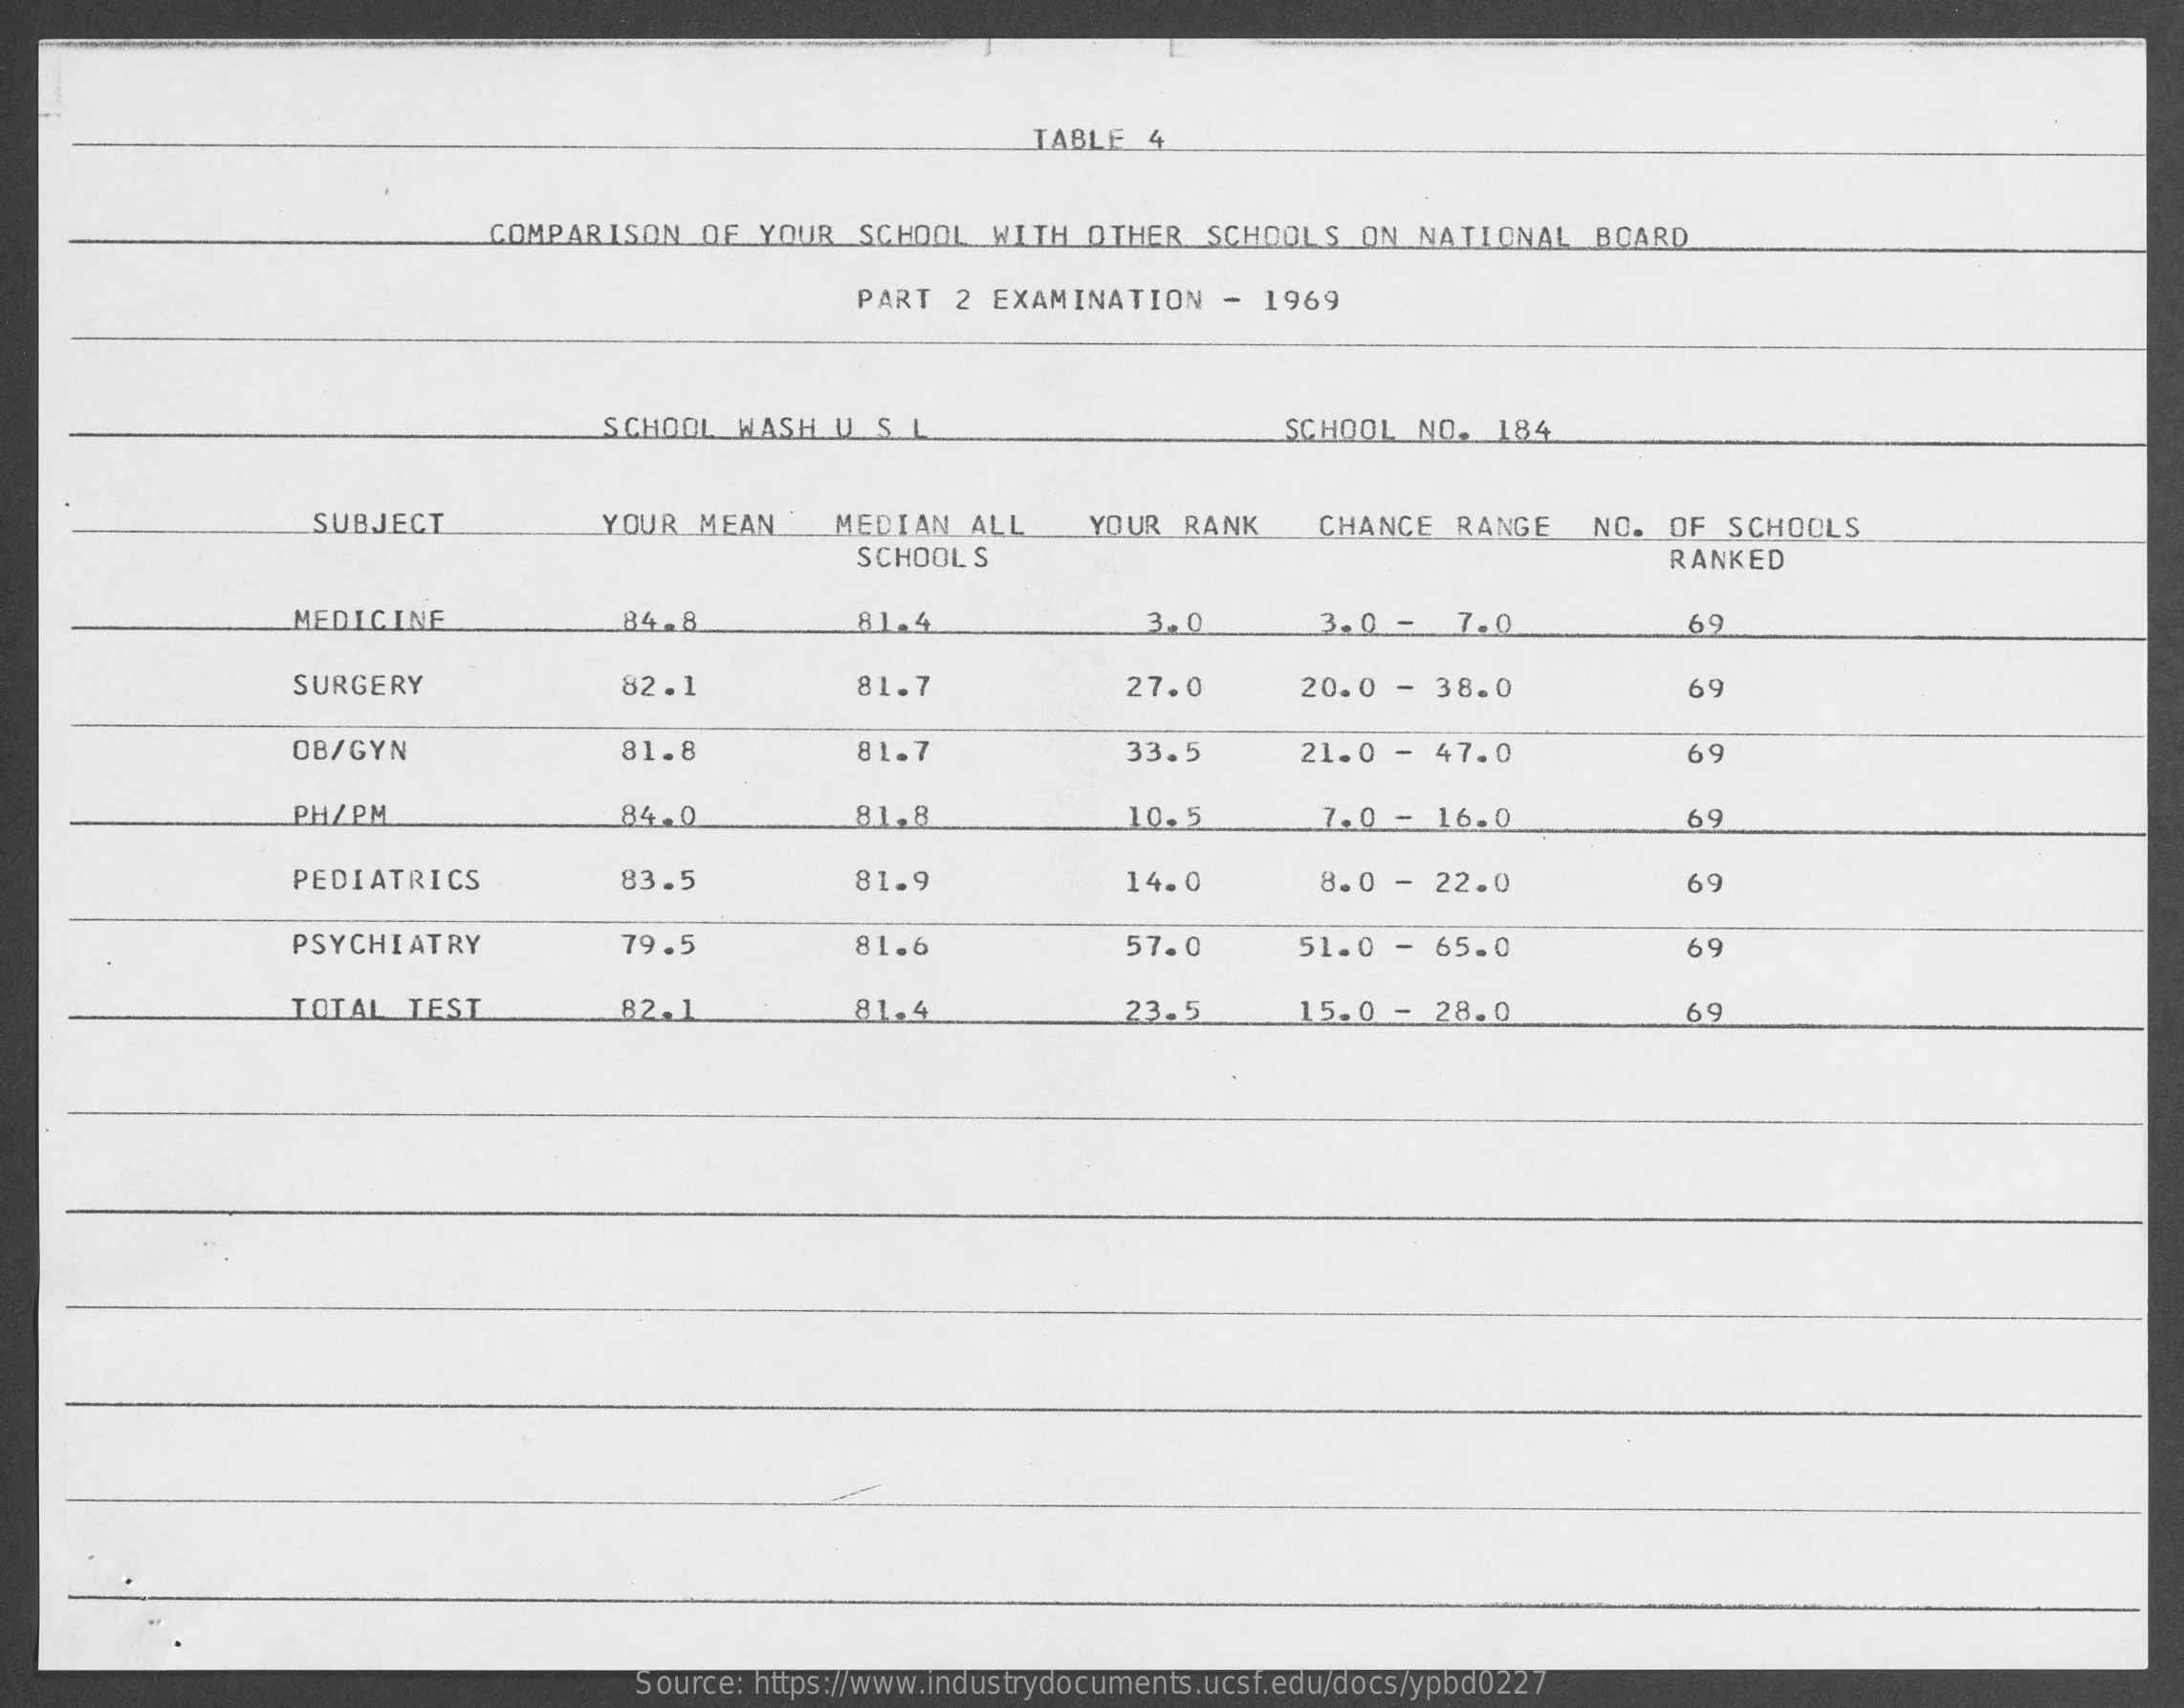
TABLE   4
     COMPARISON   OF  YOUR   SCHOOL  WITH  OTHER   SCHOOLS   ON  NATIONAL   BOARD
     PART  2 EXAMINATION    -  1969
     SCHOOL   WASH  U.S. L    SCHOOL  NO.  184
     SUBJECT    YOUR  MEAN    MEDIAN   ALL    YOUR  RANK    CHANCE   RANGE    NO.  OF  SCHOOLS
     SCHOOLS    RANKED
     MEDICINE    84.8    81.4    3.0    3.0 -   7.0    69
     SURGERY    82.1    81.7    27.0    20.0  -  38.0    69
     OB/GYN    81.8    81.7    33.5    21.0  -  47.0    69
     PH/PM    84.0    81.8    10.5    7.0 -  16.0    69
     PEDIATRICS    83.5    81.9    14.0    8.0 -  22.0    69
     PSYCHIATRY    79.5    81.6    57.0    51.0  -  65.0    69
     TOTAL   TEST    82.1    81.4    23.5    15.0  -  28.0    69
     Source: https://www.industrydocuments.ucsf.edu/docs/ypbd0227